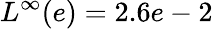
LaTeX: L^{\infty}(e)=2.6e-2